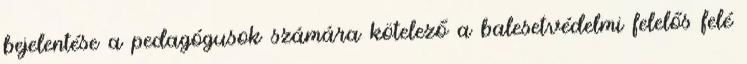
bejelentése a pedagógusok számára kötelező a balesetvédelmi felelős felé